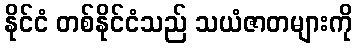
နိုင်ငံ တစ်နိုင်ငံသည် သယံဇာတများကို